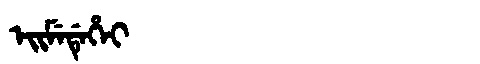
Manchu: ᡝᡳᠮᡝᡩᡝᡥᡝᡳ
Romanization: EIMEDEHEI